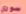
سوري